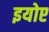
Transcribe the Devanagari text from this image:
इयोए